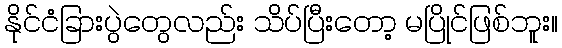
နိုင်ငံခြားပွဲတွေလည်း သိပ်ပြီးတော့ မပြိုင်ဖြစ်ဘူး။